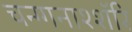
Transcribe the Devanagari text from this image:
चन्ग्गनाश्शॅरि